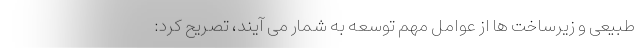
طبیعی و زیرساخت ها از عوامل مهم توسعه به شمار می آیند، تصریح کرد: